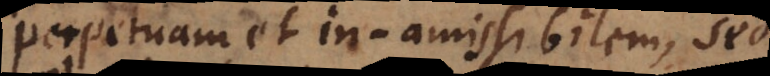
perpetuam et inamissibilem, sed